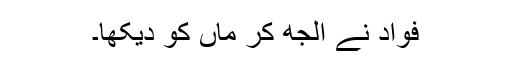
فواد نے الجھ کر ماں کو دیکھا۔